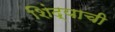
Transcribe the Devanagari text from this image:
शिंद्याची